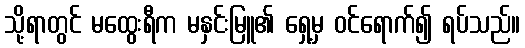
သို့ရာတွင် မထွေးရီက မနှင်းမြူ၏ ရှေ့မှ ဝင်ရောက်၍ ရပ်သည်။